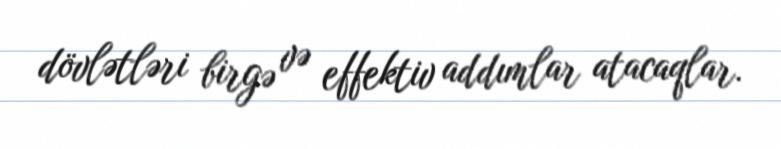
dövlətləri birgə və effektiv addımlar atacaqlar.